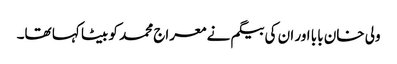
ولی خان بابا اور ان کی بیگم نے معراج محمد کو بیٹا کہا تھا۔